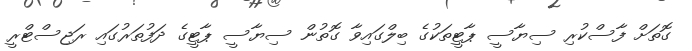
ގޮތަށް ފާސްކުރި ސިޔާސީ ޕާޓީތަކުގެ ބިލްގައިވާ ގޮތުން ސިޔާސީ ޕާޓީގެ ދަފުތަރުގައި ރަޖިސްޓްރީ